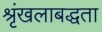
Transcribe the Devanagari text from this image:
श्रृंखलाबद्धता